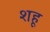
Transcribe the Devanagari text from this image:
शहू